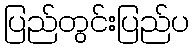
ပြည်တွင်းပြည်ပ